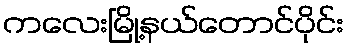
ကလေးမြို့နယ်တောင်ပိုင်း